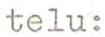
telu: